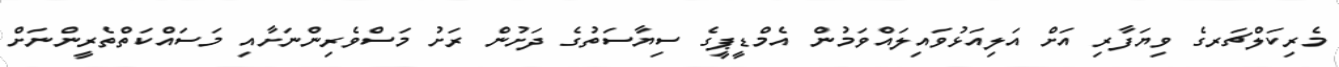
މެރިކަލްޗަރގެ ވިޔަފާރި އަށް އަލިއަޅުވައިލައްވަމުން އެމްޑީޕީގެ ސިޔާސަތުގެ ދަށުން ރަށު މަސްވެރިންނަށާއި މަސައްކަތްތެރީންނަށް